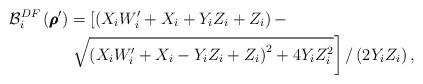
LaTeX: \begin{align*}{{\mathcal B}_i^{DF}}\left({\pmb \rho}^\prime \right)&= \left[ {\left( {{X_i}{W_i^\prime} + {X_i} + {Y_i}{Z_i} + {Z_i}} \right) - } \right. \\&\left. {\sqrt {{{\left( {{X_i}{W_i^\prime} + {X_i} - {Y_i}{Z_i} + {Z_i}} \right)}^2} + 4{Y_i}Z_i^2} } \right]/\left( {2{Y_i}{Z_i}} \right),\end{align*}